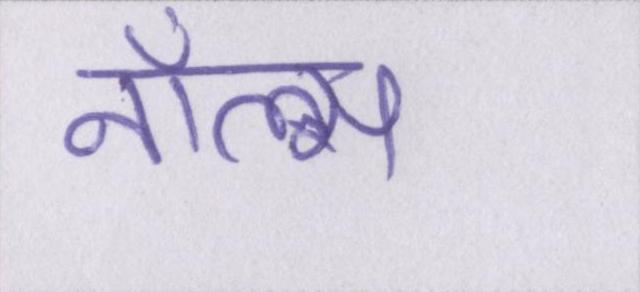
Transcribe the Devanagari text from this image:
नॉल्स